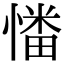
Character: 𢟷